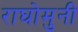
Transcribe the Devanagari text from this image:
राघोमुनी